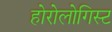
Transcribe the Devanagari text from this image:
होरोलोगिस्ट